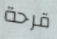
قرحة